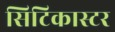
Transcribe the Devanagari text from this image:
सिटिकास्टर